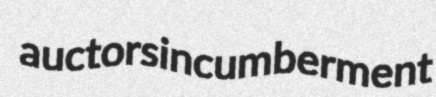
auctors incumberment